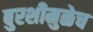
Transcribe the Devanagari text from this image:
बुरशीमुळेच